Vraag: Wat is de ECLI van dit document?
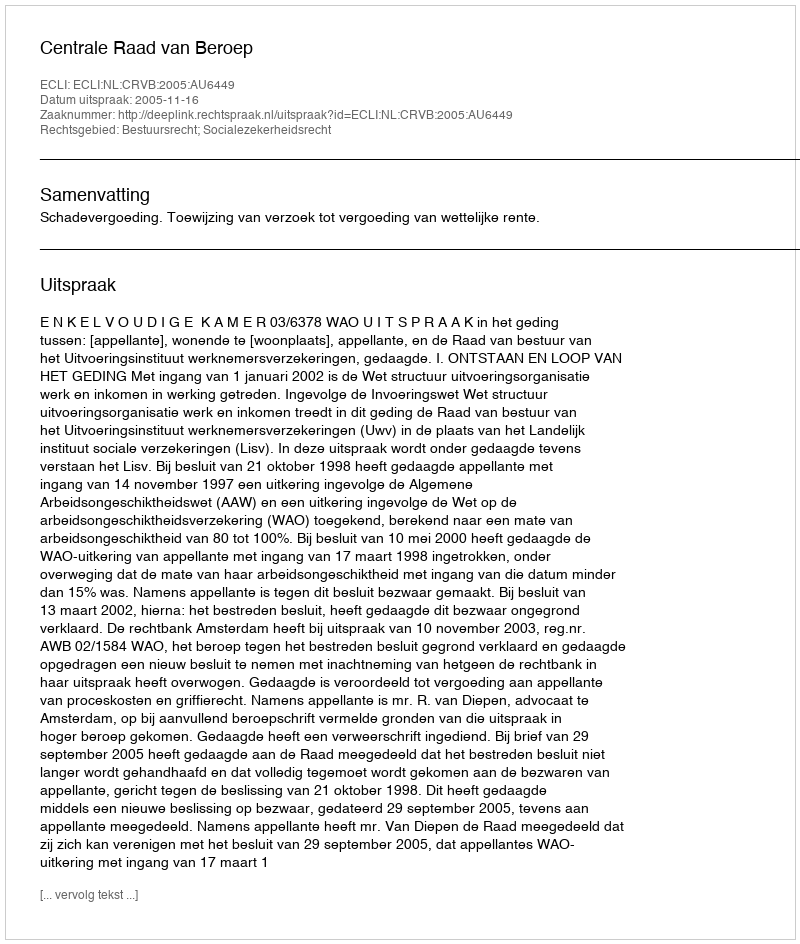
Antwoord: ECLI:NL:CRVB:2005:AU6449